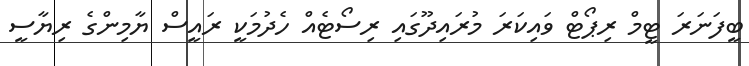
ބީފަނަރަ ޓީމް ރިޕޯޓް ވައިކަރަ މުރައިދޫގައި ރިސޯޓެއް ހެދުމަކީ ރައީސް ޔާމިންގެ ރިޔާސީ